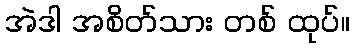
အဲဒါ အစိတ်သား တစ် ထုပ်။